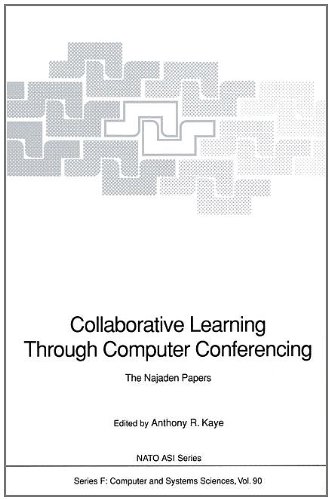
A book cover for Collaborative Learning Through Computer Conferencing: The Najaden Papers (Nato ASI Subseries F:); Computers & Technology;